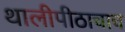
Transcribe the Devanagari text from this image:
थालीपीठाचाच